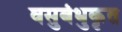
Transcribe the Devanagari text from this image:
वसुबंधुकृत